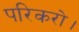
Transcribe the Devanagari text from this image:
परिकरो।